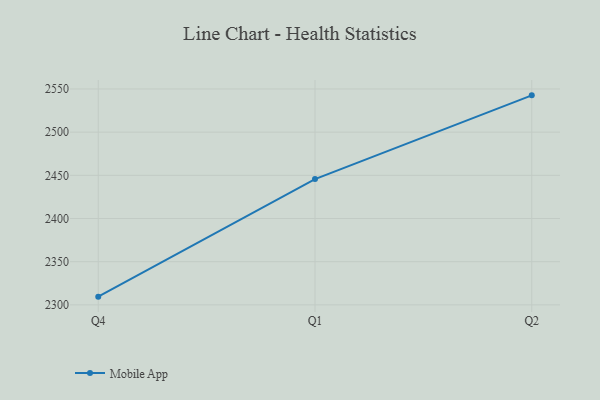
{"axis": {"x": "Quarter", "y": "Latency (ms)"}, "legend": ["Mobile App"], "data": [{"x": "Q4", "y": 2309.5, "type": "Mobile App"}, {"x": "Q1", "y": 2445.6, "type": "Mobile App"}, {"x": "Q2", "y": 2542.6, "type": "Mobile App"}]}